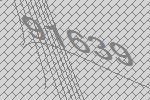
91639